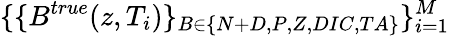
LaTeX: \{ \{ B^{true}(z,T_{i})\} _{B\in\{ N+D,P,Z,DIC,TA\} }\} _{i=1}^{M}